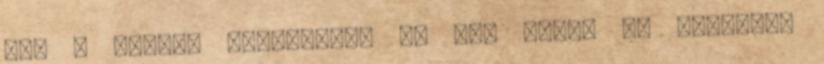
éve A XVIII. kerületben Vu Quy Duong és felesége